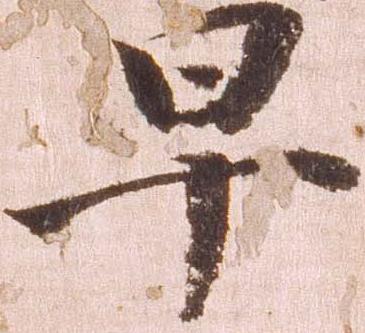
早